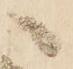
へ